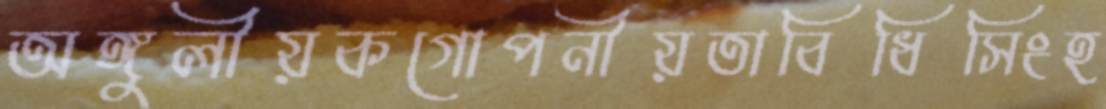
অঙ্গুলীয়কগোপনীয়তাবিধিসিংহ